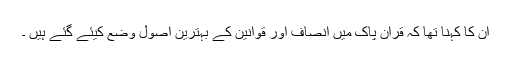
ان کا کہنا تھا کہ قرآن پاک میں انصاف اور قوانین کے بہترین اصول وضع کیئے گئے ہیں ۔